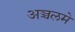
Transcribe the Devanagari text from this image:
अञ्चलमे